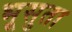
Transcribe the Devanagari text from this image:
भूसुता